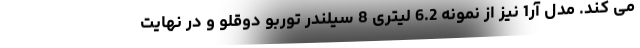
می کند. مدل آر1 نیز از نمونه 6.2 لیتری 8 سیلندر توربو دوقلو و در نهایت